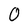
Character: 0